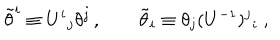
LaTeX: \tilde { \theta } ^ { i } \equiv U ^ { i } { } _ { j } \theta ^ { j } \, , \qquad \tilde { \theta } _ { i } \equiv \theta _ { j } ( U ^ { - 1 } ) ^ { j } { } _ { i } \ ,